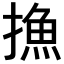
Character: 𢳶